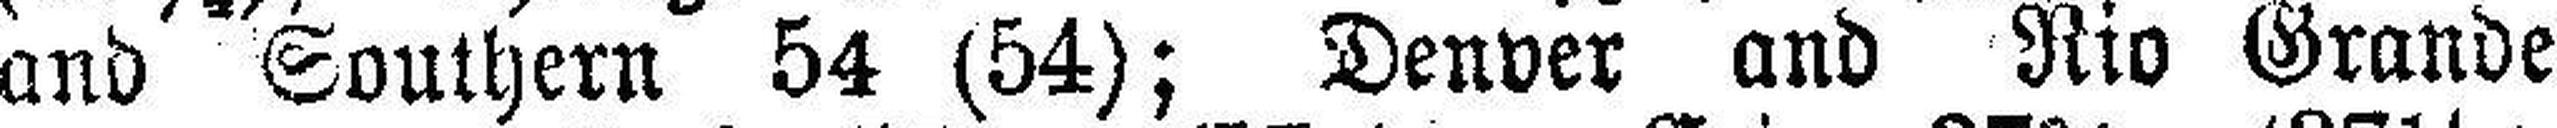
and Southern 54 (54); Denver and Rio Grande